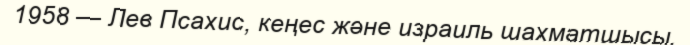
1958 — Лев Псахис, кеңес және израиль шахматшысы.